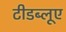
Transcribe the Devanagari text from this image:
टीडब्लूए